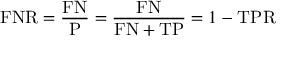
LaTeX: \mathrm { F N R } = { \frac { \mathrm { F N } } { \mathrm { P } } } = { \frac { \mathrm { F N } } { \mathrm { F N } + \mathrm { T P } } } = 1 - \mathrm { T P R }